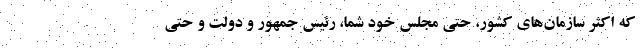
که اکثر سازمان‌های کشور، حتی مجلس خود شما، رئیس جمهور و دولت و حتی